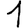
Digit: 1